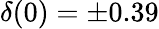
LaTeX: \delta(0)=\pm 0.39